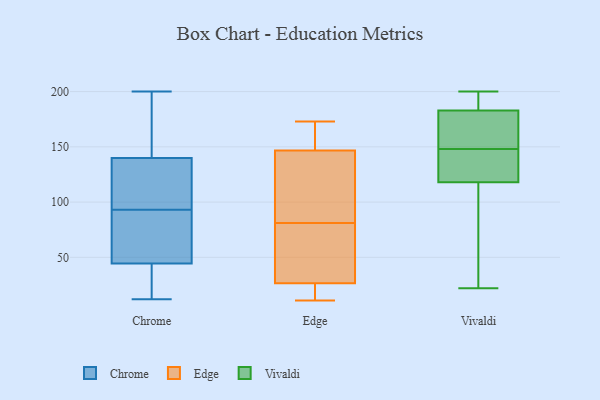
{"axis": {"x": "Revenue (USD Million)", "y": "Value"}, "legend": ["Chrome", "Edge", "Vivaldi"], "data": [{"x": "", "y": 74, "type": "Chrome"}, {"x": "", "y": 115, "type": "Chrome"}, {"x": "", "y": 104, "type": "Chrome"}, {"x": "", "y": 55, "type": "Chrome"}, {"x": "", "y": 75, "type": "Chrome"}, {"x": "", "y": 150, "type": "Chrome"}, {"x": "", "y": 34, "type": "Chrome"}, {"x": "", "y": 193, "type": "Chrome"}, {"x": "", "y": 82, "type": "Chrome"}, {"x": "", "y": 138, "type": "Chrome"}, {"x": "", "y": 120, "type": "Chrome"}, {"x": "", "y": 200, "type": "Chrome"}, {"x": "", "y": 12, "type": "Chrome"}, {"x": "", "y": 121, "type": "Chrome"}, {"x": "", "y": 24, "type": "Chrome"}, {"x": "", "y": 142, "type": "Chrome"}, {"x": "", "y": 153, "type": "Chrome"}, {"x": "", "y": 19, "type": "Chrome"}, {"x": "", "y": 61, "type": "Chrome"}, {"x": "", "y": 30, "type": "Chrome"}, {"x": "", "y": 20, "type": "Edge"}, {"x": "", "y": 161, "type": "Edge"}, {"x": "", "y": 81, "type": "Edge"}, {"x": "", "y": 86, "type": "Edge"}, {"x": "", "y": 37, "type": "Edge"}, {"x": "", "y": 173, "type": "Edge"}, {"x": "", "y": 110, "type": "Edge"}, {"x": "", "y": 44, "type": "Edge"}, {"x": "", "y": 23, "type": "Edge"}, {"x": "", "y": 11, "type": "Edge"}, {"x": "", "y": 159, "type": "Edge"}, {"x": "", "y": 155, "type": "Vivaldi"}, {"x": "", "y": 163, "type": "Vivaldi"}, {"x": "", "y": 191, "type": "Vivaldi"}, {"x": "", "y": 130, "type": "Vivaldi"}, {"x": "", "y": 118, "type": "Vivaldi"}, {"x": "", "y": 122, "type": "Vivaldi"}, {"x": "", "y": 107, "type": "Vivaldi"}, {"x": "", "y": 169, "type": "Vivaldi"}, {"x": "", "y": 141, "type": "Vivaldi"}, {"x": "", "y": 22, "type": "Vivaldi"}, {"x": "", "y": 183, "type": "Vivaldi"}, {"x": "", "y": 27, "type": "Vivaldi"}, {"x": "", "y": 126, "type": "Vivaldi"}, {"x": "", "y": 47, "type": "Vivaldi"}, {"x": "", "y": 183, "type": "Vivaldi"}, {"x": "", "y": 200, "type": "Vivaldi"}, {"x": "", "y": 161, "type": "Vivaldi"}, {"x": "", "y": 194, "type": "Vivaldi"}]}